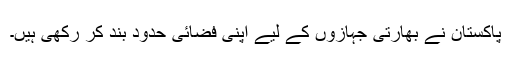
پاکستان نے بھارتی جہازوں کے لیے اپنی فضائی حدود بند کر رکھی ہیں۔